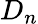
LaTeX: D_{n}